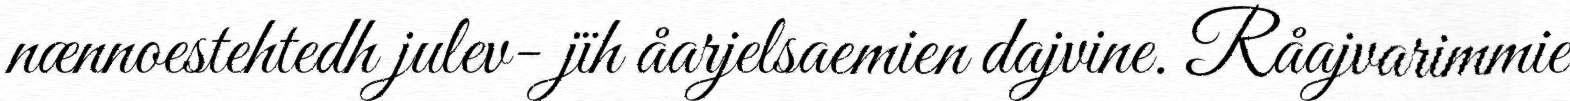
nænnoestehtedh julev- jïh åarjelsaemien dajvine. Råajvarimmie